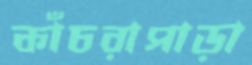
কাঁচরাপাড়া